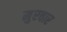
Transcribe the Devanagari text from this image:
मुरवार